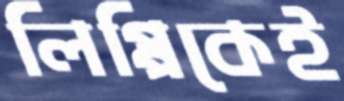
লিপ্পিকেই